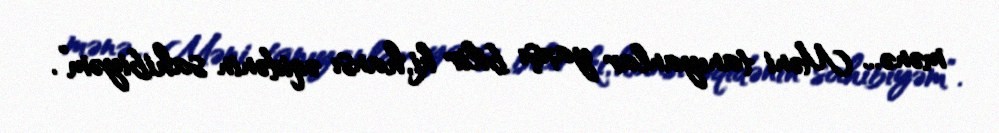
mənə... Məni tanıyanlar yaxşı bilir ki, hansı əqidənin sahibiyəm”.